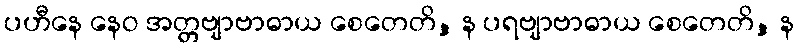
ပဟီနေ နေဝ အတ္တဗျာဗာဓာယ စေတေတိ, န ပရဗျာဗာဓာယ စေတေတိ, န